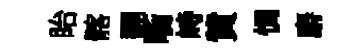
眙髂翻㗸峙貲惆麝